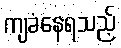
ကျခံနေရသည့်